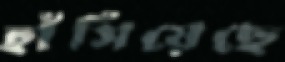
হাঁসিয়েছে